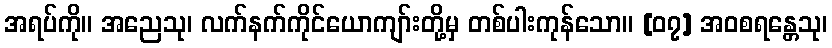
အရပ်ကို။ အညေသု၊ လက်နက်ကိုင်ယောကျာ်းတို့မှ တစ်ပါးကုန်သော။ [၀၇] အဝစရန္တေသု၊